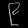
Digit: ၉